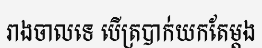
រាងចាលទេ បើត្របាក់យកតែម្តង